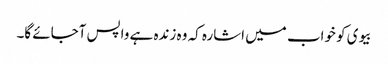
بیوی کو خواب میں اشارہ کہ وہ زندہ ہے واپس آجائے گا۔